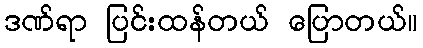
ဒဏ်ရာ ပြင်းထန်တယ် ပြောတယ်။